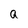
Character: a